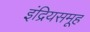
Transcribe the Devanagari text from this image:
इंद्रियसमूह